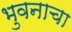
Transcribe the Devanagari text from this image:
भुवनाचा